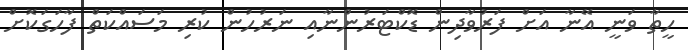
ހީތާ ވަނީ އޭނާ އަށް ފަރުވާދިން ޑޮކްޓަރުންނާއި ނަރުހުން ކުރި މަސައްކަތް ފާހަގަކޮށް